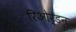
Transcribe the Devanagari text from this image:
रिओर्डन